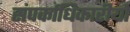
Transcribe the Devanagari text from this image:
संपर्काधिकारीयों